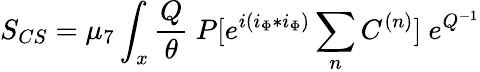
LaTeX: S_{CS}=\mu_{7}\int_{x}{\frac{Q}{\theta}}~P[e^{i(i_{\Phi}*i_{\Phi})}\sum_{n}C^{(n)}]~e^{Q^{-1}}